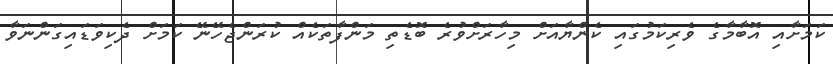
ކަމަށާއި އޮބާމާގެ ވެރިކަމުގައި ކެންޔާއަށް މިހާރަށްވުރެ ބޮޑެތި މަންފާތަކެއް ކުރަންޖެހޭނޭ ކަމަށް ދެކިވަޑައިގަންނަވާ